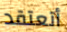
أتعتقد